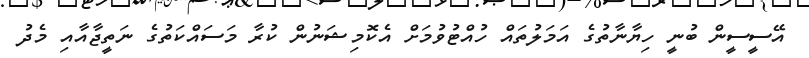
އޭސީސީން ބުނީ ހިޔާނާތުގެ އަމަލުތައް ހުއްޓުވުމަށް އެކޮމިޝަނުން ކުރާ މަސައްކަތުގެ ނަތީޖާއާއި މެދު